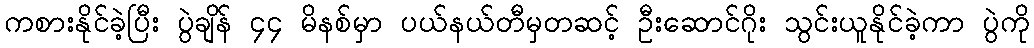
ကစားနိုင်ခဲ့ပြီး ပွဲချိန် ၄၄ မိနစ်မှာ ပယ်နယ်တီမှတဆင့် ဦးဆောင်ဂိုး သွင်းယူနိုင်ခဲ့ကာ ပွဲကို